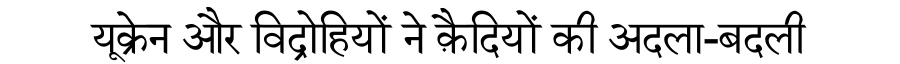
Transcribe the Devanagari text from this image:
यूक्रेन और विद्रोहियों ने क़ैदियों की अदला-बदली